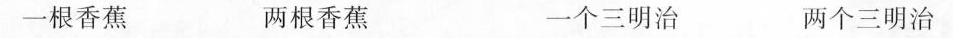
一根香蕉 两根香蕉 一个三明治 两个三明治